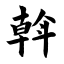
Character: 斡